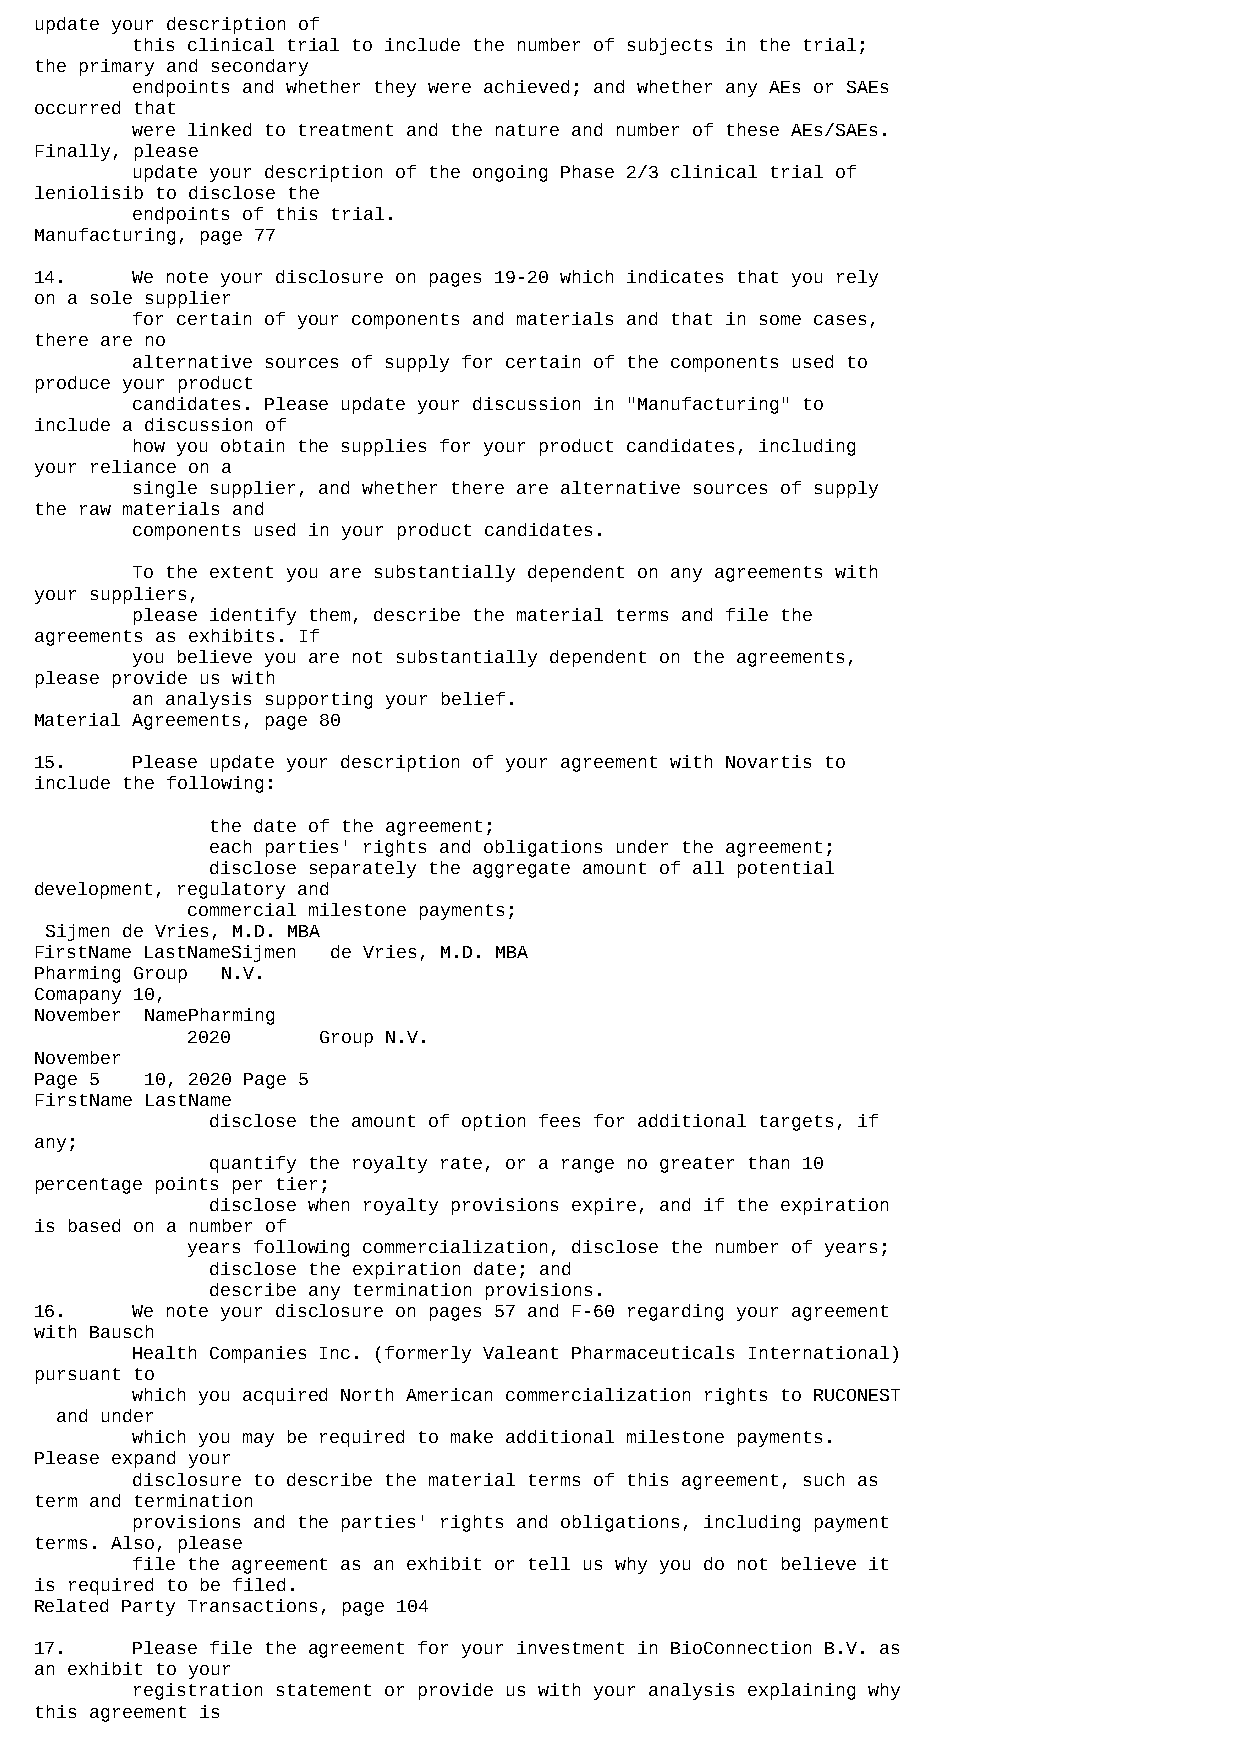
update your description of
 this clinical trial to include the number of subjects in the trial;
 the primary and secondary
 endpoints and whether they were achieved; and whether any AEs or SAEs
 occurred that
 were linked to treatment and the nature and number of these AEs/SAEs.
 Finally, please
 update your description of the ongoing Phase 2/3 clinical trial of
 leniolisib to disclose the
 endpoints of this trial.
 Manufacturing, page 77
 14.    We note your disclosure on pages 19-20 which indicates that you rely
 on a sole supplier
 for certain of your components and materials and that in some cases,
 there are no
 alternative sources of supply for certain of the components used to
 produce your product
 candidates. Please update your discussion in "Manufacturing" to
 include a discussion of
 how you obtain the supplies for your product candidates, including
 your reliance on a
 single supplier, and whether there are alternative sources of supply
 the raw materials and
 components used in your product candidates.
 To the extent you are substantially dependent on any agreements with
 your suppliers,
 please identify them, describe the material terms and file the
 agreements as exhibits. If
 you believe you are not substantially dependent on the agreements,
 please provide us with
 an analysis supporting your belief.
 Material Agreements, page 80
 15.    Please update your description of your agreement with Novartis to
 include the following:
 the date of the agreement;
 each parties' rights and obligations under the agreement;
 disclose separately the aggregate amount of all potential
 development, regulatory and
 commercial milestone payments;
 Sijmen de Vries, M.D. MBA
 FirstName LastNameSijmen de Vries, M.D. MBA
 Pharming Group N.V.
 Comapany 10,
 November NamePharming
 2020     Group N.V.
 November
 Page 5  10, 2020 Page 5
 FirstName LastName
 disclose the amount of option fees for additional targets, if
 any;
 quantify the royalty rate, or a range no greater than 10
 percentage points per tier;
 disclose when royalty provisions expire, and if the expiration
 is based on a number of
 years following commercialization, disclose the number of years;
 disclose the expiration date; and
 describe any termination provisions.
 16.    We note your disclosure on pages 57 and F-60 regarding your agreement
 with Bausch
 Health Companies Inc. (formerly Valeant Pharmaceuticals International)
 pursuant to
 which you acquired North American commercialization rights to RUCONEST
 and under
 which you may be required to make additional milestone payments.
 Please expand your
 disclosure to describe the material terms of this agreement, such as
 term and termination
 provisions and the parties' rights and obligations, including payment
 terms. Also, please
 file the agreement as an exhibit or tell us why you do not believe it
 is required to be filed.
 Related Party Transactions, page 104
 17.    Please file the agreement for your investment in BioConnection B.V. as
 an exhibit to your
 registration statement or provide us with your analysis explaining why
 this agreement is